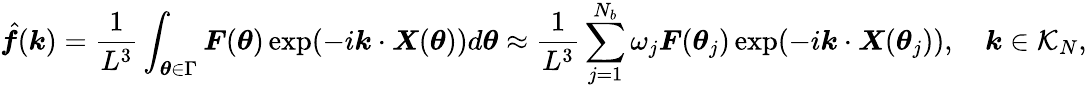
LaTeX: \hat{\boldsymbol f}(\boldsymbol k)=\frac{1}{L^{3}}\int_{\boldsymbol\theta\in\Gamma}\boldsymbol F(\boldsymbol\theta)\exp(-i\boldsymbol k\cdot\boldsymbol X(\boldsymbol\theta))d\boldsymbol\theta\approx\frac{1}{L^{3}}\sum_{j=1}^{N_{b}}\omega_{j}\boldsymbol F(\boldsymbol\theta_{j})\exp(-i\boldsymbol k\cdot\boldsymbol X(\boldsymbol\theta_{j})),\quad\boldsymbol k\in\mathcal{K}_{N},